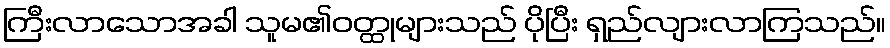
ကြီးလာသောအခါ သူမ၏ဝတ္ထုများသည် ပိုပြီး ရှည်လျားလာကြသည်။